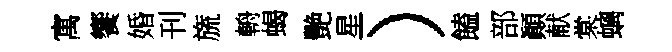
寓饗婚刊旒輈蝎艷星）饁部顚献棠螭